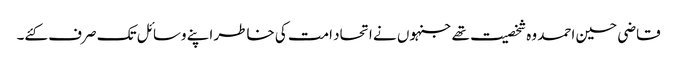
قاضی حسین احمد وہ شخصیت تھے جنہوں نے اتحاد امت کی خاطر اپنے وسائل تک صرف کئے۔